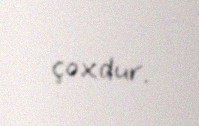
çoxdur.